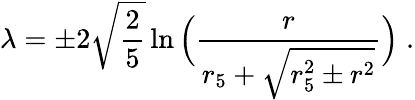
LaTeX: \lambda=\pm 2\sqrt{\frac{2}{5}}\ln\Big(\frac{r}{r_{5}+\sqrt{r_{5}^{2}\pm r^{2}}}\Big)\; .